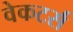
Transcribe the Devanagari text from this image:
वेकटर्स